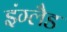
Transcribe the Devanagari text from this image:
इंग्लैड